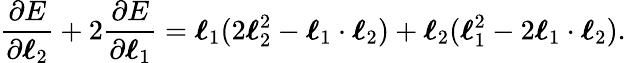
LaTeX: \frac{\partial E}{\partial{\boldsymbol{\ell}_{2}}}+2\frac{\partial E}{\partial{\boldsymbol{\ell}_{1}}}=\boldsymbol{\ell}_{1}(2\boldsymbol{\ell}_{2}^{2}-\boldsymbol{\ell}_{1}\cdot\boldsymbol{\ell}_{2})+\boldsymbol{\ell}_{2}(\boldsymbol{\ell}_{1}^{2}-2\boldsymbol{\ell}_{1}\cdot\boldsymbol{\ell}_{2}).